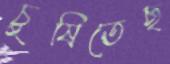
চুষিতেছ